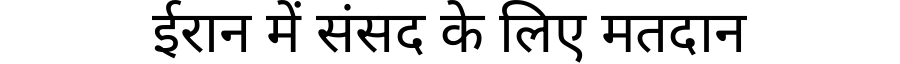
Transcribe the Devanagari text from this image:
ईरान में संसद के लिए मतदान